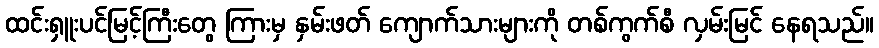
ထင်းရှူးပင်မြင့်ကြီးတွေ ကြားမှ နှမ်းဖတ် ကျောက်သားများကို တစ်ကွက်စီ လှမ်းမြင် နေရသည်။